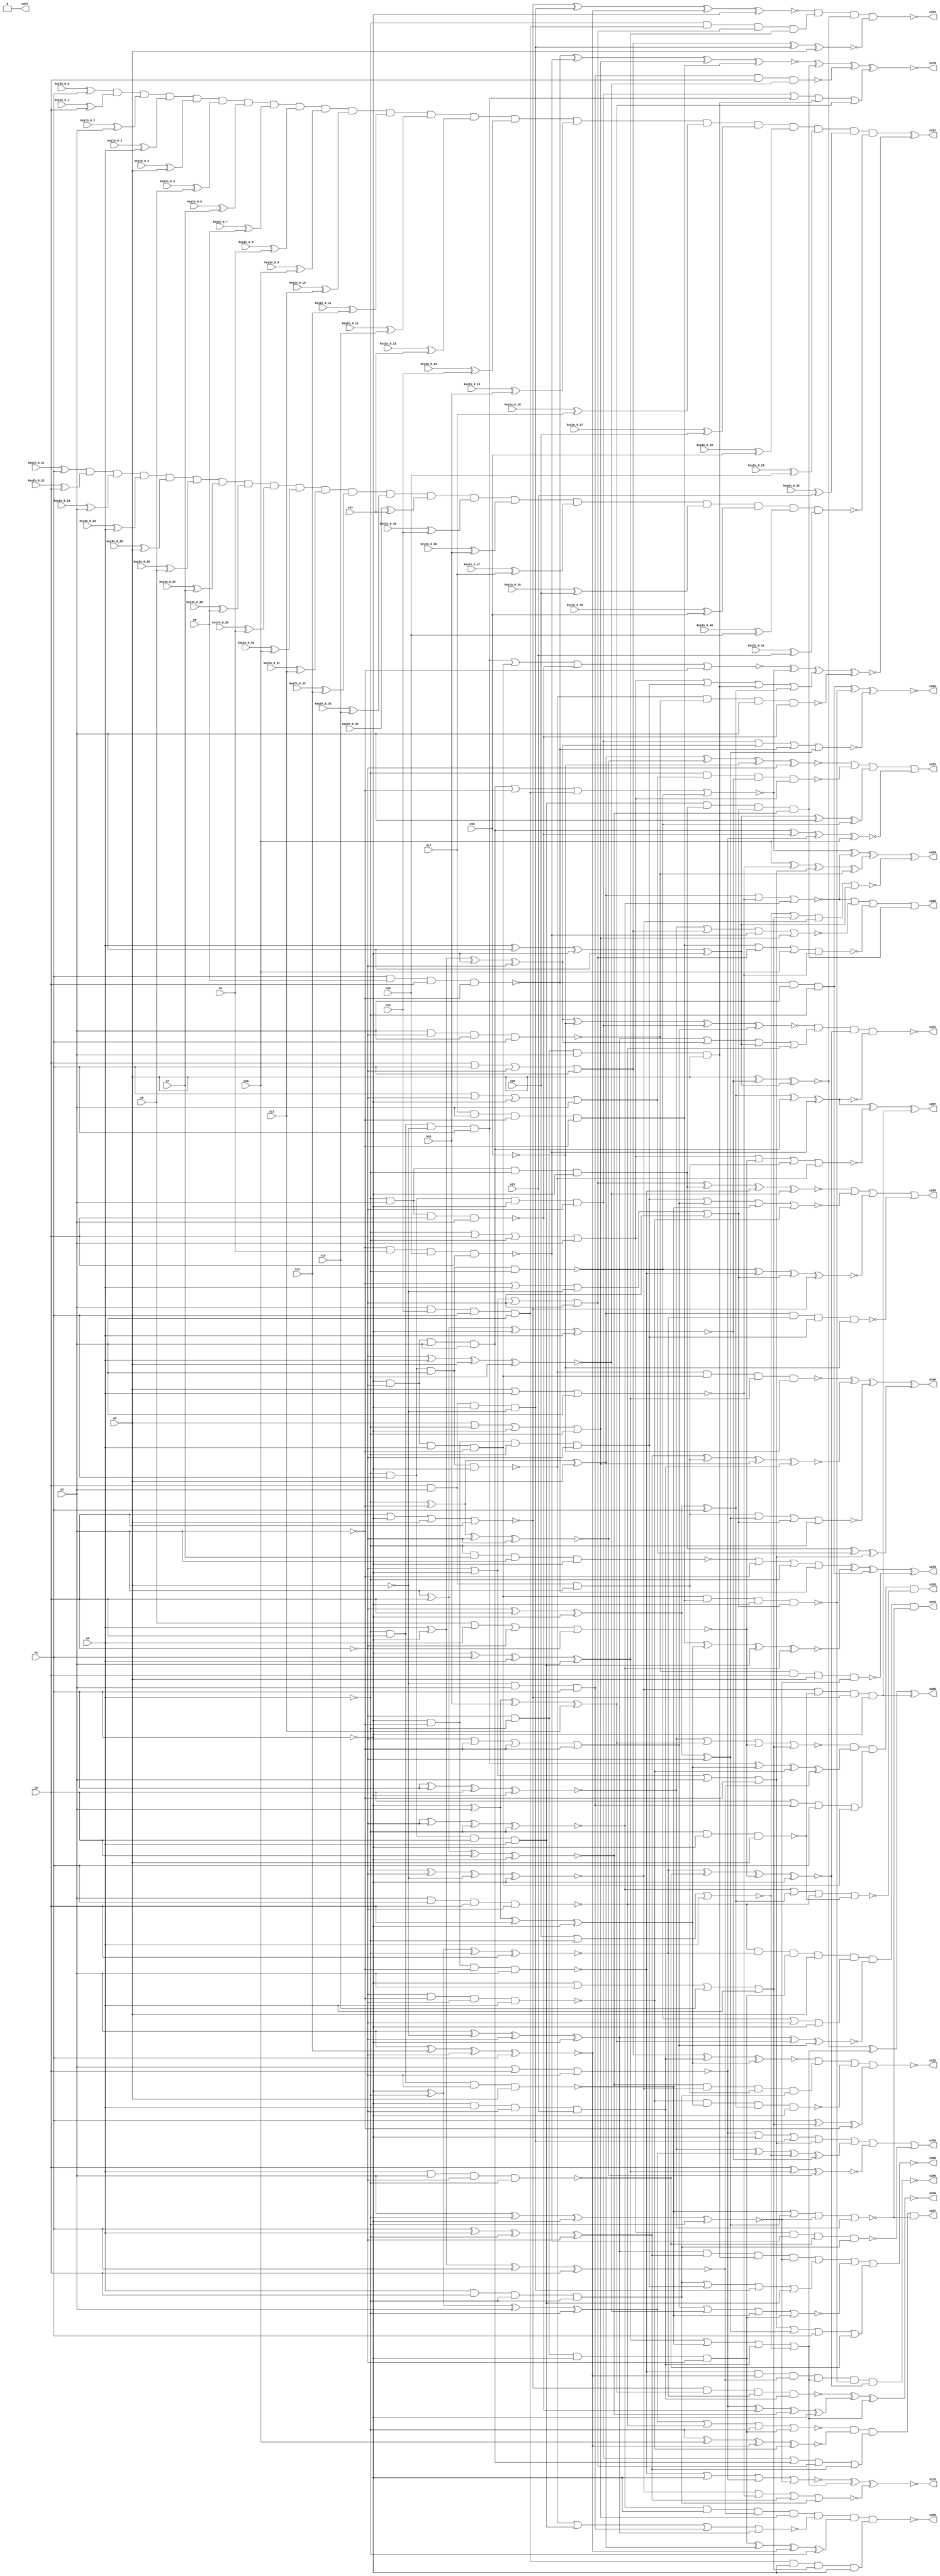


module Stat_277_639
(
  n1,
  n2,
  n3,
  n4,
  n5,
  n6,
  n7,
  n8,
  n9,
  n10,
  n11,
  n12,
  n13,
  n14,
  n15,
  n16,
  n17,
  n18,
  n19,
  n20,
  n21,
  n298,
  n293,
  n286,
  n291,
  n282,
  n294,
  n283,
  n296,
  n278,
  n287,
  n288,
  n279,
  n280,
  n276,
  n295,
  n277,
  n290,
  n281,
  n284,
  n285,
  n275,
  n289,
  n292,
  n297,
  keyIn_0_0,
  keyIn_0_1,
  keyIn_0_2,
  keyIn_0_3,
  keyIn_0_4,
  keyIn_0_5,
  keyIn_0_6,
  keyIn_0_7,
  keyIn_0_8,
  keyIn_0_9,
  keyIn_0_10,
  keyIn_0_11,
  keyIn_0_12,
  keyIn_0_13,
  keyIn_0_14,
  keyIn_0_15,
  keyIn_0_16,
  keyIn_0_17,
  keyIn_0_18,
  keyIn_0_19,
  keyIn_0_20,
  keyIn_0_21,
  keyIn_0_22,
  keyIn_0_23,
  keyIn_0_24,
  keyIn_0_25,
  keyIn_0_26,
  keyIn_0_27,
  keyIn_0_28,
  keyIn_0_29,
  keyIn_0_30,
  keyIn_0_31,
  keyIn_0_32,
  keyIn_0_33,
  keyIn_0_34,
  keyIn_0_35,
  keyIn_0_36,
  keyIn_0_37,
  keyIn_0_38,
  keyIn_0_39,
  keyIn_0_40,
  keyIn_0_41
);

  input n1;input n2;input n3;input n4;input n5;input n6;input n7;input n8;input n9;input n10;input n11;input n12;input n13;input n14;input n15;input n16;input n17;input n18;input n19;input n20;input n21;input keyIn_0_0;input keyIn_0_1;input keyIn_0_2;input keyIn_0_3;input keyIn_0_4;input keyIn_0_5;input keyIn_0_6;input keyIn_0_7;input keyIn_0_8;input keyIn_0_9;input keyIn_0_10;input keyIn_0_11;input keyIn_0_12;input keyIn_0_13;input keyIn_0_14;input keyIn_0_15;input keyIn_0_16;input keyIn_0_17;input keyIn_0_18;input keyIn_0_19;input keyIn_0_20;input keyIn_0_21;input keyIn_0_22;input keyIn_0_23;input keyIn_0_24;input keyIn_0_25;input keyIn_0_26;input keyIn_0_27;input keyIn_0_28;input keyIn_0_29;input keyIn_0_30;input keyIn_0_31;input keyIn_0_32;input keyIn_0_33;input keyIn_0_34;input keyIn_0_35;input keyIn_0_36;input keyIn_0_37;input keyIn_0_38;input keyIn_0_39;input keyIn_0_40;input keyIn_0_41;
  output n298;output n293;output n286;output n291;output n282;output n294;output n283;output n296;output n278;output n287;output n288;output n279;output n280;output n276;output n295;output n277;output n290;output n281;output n284;output n285;output n275;output n289;output n292;output n297;
  wire n22;wire n23;wire n24;wire n25;wire n26;wire n27;wire n28;wire n29;wire n30;wire n31;wire n32;wire n33;wire n34;wire n35;wire n36;wire n37;wire n38;wire n39;wire n40;wire n41;wire n42;wire n43;wire n44;wire n45;wire n46;wire n47;wire n48;wire n49;wire n50;wire n51;wire n52;wire n53;wire n54;wire n55;wire n56;wire n57;wire n58;wire n59;wire n60;wire n61;wire n62;wire n63;wire n64;wire n65;wire n66;wire n67;wire n68;wire n69;wire n70;wire n71;wire n72;wire n73;wire n74;wire n75;wire n76;wire n77;wire n78;wire n79;wire n80;wire n81;wire n82;wire n83;wire n84;wire n85;wire n86;wire n87;wire n88;wire n89;wire n90;wire n91;wire n92;wire n93;wire n94;wire n95;wire n96;wire n97;wire n98;wire n99;wire n100;wire n101;wire n102;wire n103;wire n104;wire n105;wire n106;wire n107;wire n108;wire n109;wire n110;wire n111;wire n112;wire n113;wire n114;wire n115;wire n116;wire n117;wire n118;wire n119;wire n120;wire n121;wire n122;wire n123;wire n124;wire n125;wire n126;wire n127;wire n128;wire n129;wire n130;wire n131;wire n132;wire n133;wire n134;wire n135;wire n136;wire n137;wire n138;wire n139;wire n140;wire n141;wire n142;wire n143;wire n144;wire n145;wire n146;wire n147;wire n148;wire n149;wire n150;wire n151;wire n152;wire n153;wire n154;wire n155;wire n156;wire n157;wire n158;wire n159;wire n160;wire n161;wire n162;wire n163;wire n164;wire n165;wire n166;wire n167;wire n168;wire n169;wire n170;wire n171;wire n172;wire n173;wire n174;wire n175;wire n176;wire n177;wire n178;wire n179;wire n180;wire n181;wire n182;wire n183;wire n184;wire n185;wire n186;wire n187;wire n188;wire n189;wire n190;wire n191;wire n192;wire n193;wire n194;wire n195;wire n196;wire n197;wire n198;wire n199;wire n200;wire n201;wire n202;wire n203;wire n204;wire n205;wire n206;wire n207;wire n208;wire n209;wire n210;wire n211;wire n212;wire n213;wire n214;wire n215;wire n216;wire n217;wire n218;wire n219;wire n220;wire n221;wire n222;wire n223;wire n224;wire n225;wire n226;wire n227;wire n228;wire n229;wire n230;wire n231;wire n232;wire n233;wire n234;wire n235;wire n236;wire n237;wire n238;wire n239;wire n240;wire n241;wire n242;wire n243;wire n244;wire n245;wire n246;wire n247;wire n248;wire n249;wire n250;wire n251;wire n252;wire n253;wire n254;wire n255;wire n256;wire n257;wire n258;wire n259;wire n260;wire n261;wire n262;wire n263;wire n264;wire n265;wire n266;wire n267;wire n268;wire n269;wire n270;wire n271;wire n272;wire n273;wire n274;wire g_input_0_0;wire gbar_input_0_0;wire g_input_0_1;wire gbar_input_0_1;wire g_input_0_2;wire gbar_input_0_2;wire g_input_0_3;wire gbar_input_0_3;wire g_input_0_4;wire gbar_input_0_4;wire g_input_0_5;wire gbar_input_0_5;wire g_input_0_6;wire gbar_input_0_6;wire g_input_0_7;wire gbar_input_0_7;wire g_input_0_8;wire gbar_input_0_8;wire g_input_0_9;wire gbar_input_0_9;wire g_input_0_10;wire gbar_input_0_10;wire g_input_0_11;wire gbar_input_0_11;wire g_input_0_12;wire gbar_input_0_12;wire g_input_0_13;wire gbar_input_0_13;wire g_input_0_14;wire gbar_input_0_14;wire g_input_0_15;wire gbar_input_0_15;wire g_input_0_16;wire gbar_input_0_16;wire g_input_0_17;wire gbar_input_0_17;wire g_input_0_18;wire gbar_input_0_18;wire g_input_0_19;wire gbar_input_0_19;wire g_input_0_20;wire gbar_input_0_20;wire f_g_wire;wire f_gbar_wire;wire AntiSAT_output;

  buf
  g0
  (
    n22,
    n5
  );


  buf
  g1
  (
    n24,
    n2
  );


  not
  g2
  (
    n25,
    n1
  );


  not
  g3
  (
    n26,
    n4
  );


  not
  g4
  (
    n23,
    n3
  );


  not
  g5
  (
    n38,
    n25
  );


  not
  g6
  (
    n39,
    n24
  );


  not
  g7
  (
    n43,
    n23
  );


  not
  g8
  (
    n37,
    n25
  );


  buf
  g9
  (
    n32,
    n23
  );


  buf
  g10
  (
    n36,
    n26
  );


  not
  g11
  (
    n33,
    n26
  );


  buf
  g12
  (
    n30,
    n24
  );


  buf
  g13
  (
    n34,
    n23
  );


  buf
  g14
  (
    n42,
    n26
  );


  not
  g15
  (
    n29,
    n26
  );


  buf
  g16
  (
    n35,
    n24
  );


  not
  g17
  (
    n40,
    n25
  );


  not
  g18
  (
    n28,
    n24
  );


  not
  g19
  (
    n31,
    n23
  );


  buf
  g20
  (
    n27,
    n25
  );


  buf
  g21
  (
    n41,
    n22
  );


  not
  g22
  (
    n62,
    n30
  );


  not
  g23
  (
    n86,
    n32
  );


  buf
  g24
  (
    n57,
    n39
  );


  not
  g25
  (
    n88,
    n31
  );


  buf
  g26
  (
    n69,
    n43
  );


  buf
  g27
  (
    n102,
    n28
  );


  buf
  g28
  (
    n50,
    n36
  );


  buf
  g29
  (
    n96,
    n41
  );


  buf
  g30
  (
    n58,
    n33
  );


  not
  g31
  (
    n56,
    n42
  );


  buf
  g32
  (
    n71,
    n39
  );


  not
  g33
  (
    n98,
    n33
  );


  not
  g34
  (
    n45,
    n29
  );


  buf
  g35
  (
    n59,
    n42
  );


  buf
  g36
  (
    n55,
    n28
  );


  not
  g37
  (
    n68,
    n30
  );


  buf
  g38
  (
    n66,
    n30
  );


  buf
  g39
  (
    n78,
    n37
  );


  not
  g40
  (
    n60,
    n43
  );


  buf
  g41
  (
    n99,
    n43
  );


  not
  g42
  (
    n95,
    n37
  );


  not
  g43
  (
    n87,
    n33
  );


  not
  g44
  (
    n63,
    n27
  );


  buf
  g45
  (
    n67,
    n38
  );


  buf
  g46
  (
    n80,
    n39
  );


  buf
  g47
  (
    n101,
    n31
  );


  not
  g48
  (
    n74,
    n29
  );


  buf
  g49
  (
    n54,
    n33
  );


  buf
  g50
  (
    n49,
    n38
  );


  not
  g51
  (
    n64,
    n40
  );


  not
  g52
  (
    n79,
    n32
  );


  not
  g53
  (
    n44,
    n41
  );


  not
  g54
  (
    n103,
    n35
  );


  not
  g55
  (
    n92,
    n37
  );


  not
  g56
  (
    n46,
    n38
  );


  buf
  g57
  (
    n84,
    n37
  );


  not
  g58
  (
    n82,
    n29
  );


  buf
  g59
  (
    n97,
    n28
  );


  not
  g60
  (
    n94,
    n34
  );


  buf
  g61
  (
    n109,
    n41
  );


  not
  g62
  (
    n53,
    n32
  );


  buf
  g63
  (
    n51,
    n42
  );


  buf
  g64
  (
    n85,
    n40
  );


  not
  g65
  (
    n81,
    n34
  );


  not
  g66
  (
    n72,
    n38
  );


  not
  g67
  (
    n110,
    n39
  );


  buf
  g68
  (
    n111,
    n34
  );


  buf
  g69
  (
    n108,
    n27
  );


  not
  g70
  (
    n104,
    n31
  );


  not
  g71
  (
    n107,
    n28
  );


  not
  g72
  (
    n100,
    n34
  );


  buf
  g73
  (
    n89,
    n27
  );


  not
  g74
  (
    n77,
    n40
  );


  buf
  g75
  (
    n47,
    n35
  );


  buf
  g76
  (
    n93,
    n30
  );


  buf
  g77
  (
    n75,
    n29
  );


  not
  g78
  (
    n83,
    n43
  );


  buf
  g79
  (
    n52,
    n27
  );


  buf
  g80
  (
    n73,
    n36
  );


  not
  g81
  (
    n76,
    n41
  );


  buf
  g82
  (
    n61,
    n35
  );


  not
  g83
  (
    n65,
    n35
  );


  not
  g84
  (
    n70,
    n40
  );


  not
  g85
  (
    n48,
    n42
  );


  buf
  g86
  (
    n106,
    n31
  );


  buf
  g87
  (
    n90,
    n36
  );


  not
  g88
  (
    n105,
    n32
  );


  buf
  g89
  (
    n91,
    n36
  );


  not
  g90
  (
    n181,
    n95
  );


  buf
  g91
  (
    n189,
    n60
  );


  buf
  g92
  (
    n180,
    n68
  );


  not
  g93
  (
    n163,
    n76
  );


  not
  g94
  (
    n178,
    n84
  );


  not
  g95
  (
    n123,
    n65
  );


  not
  g96
  (
    n187,
    n84
  );


  buf
  g97
  (
    n193,
    n73
  );


  buf
  g98
  (
    n179,
    n100
  );


  buf
  g99
  (
    n125,
    n74
  );


  not
  g100
  (
    n143,
    n19
  );


  buf
  g101
  (
    n120,
    n10
  );


  not
  g102
  (
    n167,
    n67
  );


  nor
  g103
  (
    n130,
    n18,
    n51,
    n48
  );


  and
  g104
  (
    n171,
    n82,
    n81,
    n51,
    n52
  );


  nand
  g105
  (
    n185,
    n67,
    n73,
    n106,
    n89
  );


  and
  g106
  (
    n138,
    n17,
    n99,
    n60,
    n104
  );


  nand
  g107
  (
    n151,
    n87,
    n110,
    n55,
    n109
  );


  and
  g108
  (
    n141,
    n56,
    n61,
    n82,
    n90
  );


  nand
  g109
  (
    n118,
    n101,
    n51,
    n61,
    n106
  );


  nor
  g110
  (
    n152,
    n109,
    n75,
    n100
  );


  xor
  g111
  (
    n160,
    n74,
    n111,
    n96
  );


  xor
  g112
  (
    n135,
    n49,
    n56,
    n91,
    n97
  );


  or
  g113
  (
    n186,
    n93,
    n84,
    n65,
    n85
  );


  xor
  g114
  (
    n168,
    n46,
    n63,
    n75,
    n99
  );


  and
  g115
  (
    n117,
    n102,
    n59,
    n64,
    n65
  );


  or
  g116
  (
    n121,
    n83,
    n54,
    n76,
    n71
  );


  and
  g117
  (
    n166,
    n106,
    n81,
    n104,
    n108
  );


  xor
  g118
  (
    n124,
    n108,
    n53,
    n16,
    n11
  );


  and
  g119
  (
    n164,
    n77,
    n54,
    n68,
    n21
  );


  xnor
  g120
  (
    n173,
    n45,
    n57,
    n44,
    n95
  );


  and
  g121
  (
    n176,
    n82,
    n47,
    n44,
    n85
  );


  nor
  g122
  (
    n153,
    n53,
    n69,
    n107,
    n68
  );


  xor
  g123
  (
    n139,
    n58,
    n108,
    n52,
    n103
  );


  and
  g124
  (
    n137,
    n51,
    n67,
    n110,
    n54
  );


  and
  g125
  (
    n147,
    n80,
    n59,
    n53,
    n96
  );


  xor
  g126
  (
    n128,
    n103,
    n93,
    n72,
    n84
  );


  nand
  g127
  (
    n155,
    n94,
    n55,
    n79,
    n49
  );


  and
  g128
  (
    n184,
    n95,
    n57,
    n99,
    n105
  );


  or
  g129
  (
    n142,
    n57,
    n89,
    n101,
    n88
  );


  xnor
  g130
  (
    n149,
    n94,
    n87,
    n95,
    n91
  );


  xnor
  g131
  (
    n182,
    n69,
    n66,
    n93,
    n92
  );


  or
  g132
  (
    n136,
    n64,
    n100,
    n13,
    n54
  );


  nand
  g133
  (
    n114,
    n71,
    n111,
    n62,
    n58
  );


  xnor
  g134
  (
    n133,
    n97,
    n48,
    n109,
    n90
  );


  and
  g135
  (
    n165,
    n64,
    n111,
    n50,
    n62
  );


  xnor
  g136
  (
    n190,
    n46,
    n75,
    n63,
    n66
  );


  nand
  g137
  (
    n144,
    n91,
    n49,
    n69,
    n87
  );


  xnor
  g138
  (
    n156,
    n62,
    n80,
    n73,
    n74
  );


  nand
  g139
  (
    n112,
    n98,
    n7,
    n105,
    n89
  );


  or
  g140
  (
    n159,
    n109,
    n50,
    n70,
    n90
  );


  and
  g141
  (
    n140,
    n102,
    n92,
    n48,
    n104
  );


  xor
  g142
  (
    n175,
    n61,
    n68,
    n70,
    n97
  );


  nand
  g143
  (
    n132,
    n50,
    n98,
    n77,
    n96
  );


  or
  g144
  (
    n177,
    n98,
    n107,
    n87,
    n81
  );


  nand
  g145
  (
    n131,
    n58,
    n79,
    n103,
    n45
  );


  nand
  g146
  (
    n174,
    n63,
    n8,
    n110,
    n60
  );


  xnor
  g147
  (
    n169,
    n88,
    n45,
    n102,
    n97
  );


  or
  g148
  (
    n119,
    n103,
    n104,
    n83,
    n88
  );


  or
  g149
  (
    n146,
    n46,
    n49,
    n71,
    n59
  );


  xnor
  g150
  (
    n154,
    n101,
    n12,
    n71,
    n85
  );


  nand
  g151
  (
    n129,
    n89,
    n60,
    n83,
    n86
  );


  xnor
  g152
  (
    n116,
    n52,
    n45,
    n98,
    n66
  );


  xor
  g153
  (
    n192,
    n99,
    n44,
    n80,
    n77
  );


  xor
  g154
  (
    n157,
    n70,
    n79,
    n107,
    n72
  );


  nor
  g155
  (
    n191,
    n61,
    n108,
    n96,
    n107
  );


  xor
  g156
  (
    n134,
    n56,
    n86,
    n64,
    n79
  );


  xnor
  g157
  (
    n158,
    n110,
    n105,
    n70,
    n48
  );


  nor
  g158
  (
    n150,
    n6,
    n58,
    n102,
    n59
  );


  or
  g159
  (
    n127,
    n77,
    n57,
    n55,
    n80
  );


  nor
  g160
  (
    n148,
    n74,
    n56,
    n72,
    n50
  );


  or
  g161
  (
    n172,
    n85,
    n55,
    n72,
    n106
  );


  xnor
  g162
  (
    n126,
    n78,
    n67,
    n47,
    n92
  );


  and
  g163
  (
    n161,
    n78,
    n91,
    n92,
    n65
  );


  xor
  g164
  (
    n113,
    n52,
    n82,
    n101,
    n90
  );


  and
  g165
  (
    n183,
    n66,
    n86,
    n46,
    n76
  );


  nand
  g166
  (
    n188,
    n83,
    n9,
    n20,
    n47
  );


  and
  g167
  (
    n145,
    n76,
    n44,
    n53,
    n78
  );


  nand
  g168
  (
    n115,
    n94,
    n78,
    n93,
    n62
  );


  and
  g169
  (
    n162,
    n100,
    n105,
    n47,
    n94
  );


  and
  g170
  (
    n170,
    n69,
    n15,
    n63,
    n81
  );


  and
  g171
  (
    n122,
    n88,
    n86,
    n73,
    n14
  );


  xor
  g172
  (
    n217,
    n134,
    n179,
    n148,
    n144
  );


  nor
  g173
  (
    n212,
    n126,
    n124,
    n150,
    n136
  );


  or
  g174
  (
    n218,
    n180,
    n112,
    n146,
    n182
  );


  nand
  g175
  (
    n258,
    n145,
    n123,
    n133
  );


  and
  g176
  (
    n215,
    n129,
    n154,
    n190,
    n146
  );


  nand
  g177
  (
    n210,
    n114,
    n157,
    n128,
    n178
  );


  and
  g178
  (
    n252,
    n182,
    n173,
    n162,
    n141
  );


  xnor
  g179
  (
    n268,
    n163,
    n166,
    n158,
    n134
  );


  nand
  g180
  (
    n220,
    n193,
    n172,
    n158,
    n177
  );


  xnor
  g181
  (
    n255,
    n174,
    n188,
    n159,
    n138
  );


  xnor
  g182
  (
    n260,
    n123,
    n168,
    n169
  );


  or
  g183
  (
    n274,
    n168,
    n151,
    n164,
    n130
  );


  and
  g184
  (
    n197,
    n156,
    n178,
    n190,
    n159
  );


  nor
  g185
  (
    n233,
    n173,
    n152,
    n135,
    n141
  );


  xor
  g186
  (
    n254,
    n126,
    n113,
    n130,
    n158
  );


  or
  g187
  (
    n236,
    n141,
    n165,
    n183,
    n137
  );


  xnor
  g188
  (
    n227,
    n192,
    n124,
    n166,
    n119
  );


  xor
  g189
  (
    n219,
    n120,
    n152,
    n142,
    n155
  );


  and
  g190
  (
    n223,
    n170,
    n167,
    n136,
    n187
  );


  xnor
  g191
  (
    n239,
    n184,
    n118,
    n153,
    n120
  );


  nand
  g192
  (
    n246,
    n177,
    n188,
    n131,
    n141
  );


  xor
  g193
  (
    n238,
    n176,
    n157,
    n114,
    n190
  );


  nor
  g194
  (
    n213,
    n138,
    n127,
    n120,
    n152
  );


  nor
  g195
  (
    n241,
    n176,
    n140,
    n118,
    n189
  );


  nand
  g196
  (
    n253,
    n185,
    n155,
    n179,
    n118
  );


  nand
  g197
  (
    n235,
    n155,
    n123,
    n163,
    n149
  );


  and
  g198
  (
    n257,
    n191,
    n124,
    n116,
    n164
  );


  and
  g199
  (
    n270,
    n174,
    n179,
    n125
  );


  nor
  g200
  (
    n198,
    n161,
    n139,
    n174,
    n175
  );


  or
  g201
  (
    n202,
    n192,
    n139,
    n134,
    n115
  );


  or
  g202
  (
    n250,
    n177,
    n165,
    n147,
    n128
  );


  xnor
  g203
  (
    n249,
    n186,
    n164,
    n122,
    n157
  );


  nand
  g204
  (
    n229,
    n132,
    n186,
    n176,
    n169
  );


  nor
  g205
  (
    n200,
    n177,
    n150,
    n162,
    n185
  );


  nor
  g206
  (
    n206,
    n130,
    n136,
    n173,
    n134
  );


  xnor
  g207
  (
    n269,
    n116,
    n131,
    n150,
    n187
  );


  xnor
  g208
  (
    n194,
    n186,
    n183,
    n163,
    n148
  );


  nand
  g209
  (
    n266,
    n140,
    n138,
    n178,
    n121
  );


  nand
  g210
  (
    n195,
    n185,
    n140,
    n168,
    n143
  );


  and
  g211
  (
    n271,
    n173,
    n132,
    n191,
    n167
  );


  xnor
  g212
  (
    n240,
    n135,
    n162,
    n159,
    n164
  );


  and
  g213
  (
    n272,
    n147,
    n122,
    n145,
    n139
  );


  xnor
  g214
  (
    n261,
    n138,
    n157,
    n137,
    n156
  );


  nor
  g215
  (
    n273,
    n151,
    n175,
    n149,
    n126
  );


  and
  g216
  (
    n263,
    n137,
    n171,
    n121,
    n182
  );


  xnor
  g217
  (
    n211,
    n158,
    n130,
    n190,
    n170
  );


  nor
  g218
  (
    n199,
    n113,
    n115,
    n125,
    n117
  );


  or
  g219
  (
    n196,
    n142,
    n175,
    n181,
    n131
  );


  nor
  g220
  (
    n248,
    n156,
    n128,
    n115,
    n132
  );


  xor
  g221
  (
    n247,
    n153,
    n118,
    n182,
    n167
  );


  and
  g222
  (
    n244,
    n115,
    n116,
    n117,
    n163
  );


  or
  g223
  (
    n208,
    n144,
    n180,
    n187,
    n148
  );


  or
  g224
  (
    n231,
    n161,
    n184,
    n127,
    n135
  );


  and
  g225
  (
    n203,
    n125,
    n170,
    n127,
    n168
  );


  xor
  g226
  (
    n265,
    n122,
    n181,
    n136,
    n189
  );


  or
  g227
  (
    n242,
    n161,
    n176,
    n147,
    n124
  );


  xnor
  g228
  (
    n221,
    n191,
    n183,
    n154,
    n178
  );


  nor
  g229
  (
    n256,
    n119,
    n133,
    n151,
    n117
  );


  xor
  g230
  (
    n205,
    n171,
    n172,
    n142
  );


  nor
  g231
  (
    n262,
    n160,
    n148,
    n152,
    n156
  );


  xnor
  g232
  (
    n204,
    n160,
    n169,
    n143,
    n180
  );


  or
  g233
  (
    n226,
    n112,
    n189,
    n193,
    n174
  );


  or
  g234
  (
    n224,
    n123,
    n145,
    n181,
    n140
  );


  nand
  g235
  (
    n214,
    n160,
    n116,
    n165,
    n143
  );


  or
  g236
  (
    n232,
    n131,
    n150,
    n146,
    n132
  );


  nor
  g237
  (
    n234,
    n129,
    n167,
    n153,
    n149
  );


  nor
  g238
  (
    n245,
    n185,
    n137,
    n145,
    n192
  );


  xnor
  g239
  (
    n267,
    n122,
    n128,
    n184,
    n188
  );


  nor
  g240
  (
    n230,
    n126,
    n186,
    n188,
    n159
  );


  and
  g241
  (
    n222,
    n192,
    n135,
    n147,
    n149
  );


  xnor
  g242
  (
    n209,
    n144,
    n129,
    n121,
    n191
  );


  xnor
  g243
  (
    n251,
    n139,
    n143,
    n161,
    n119
  );


  or
  g244
  (
    n259,
    n153,
    n187,
    n183,
    n142
  );


  nor
  g245
  (
    n264,
    n184,
    n189,
    n170,
    n144
  );


  nor
  g246
  (
    n228,
    n165,
    n119,
    n151,
    n114
  );


  or
  g247
  (
    n237,
    n180,
    n146,
    n155,
    n166
  );


  nor
  g248
  (
    n225,
    n162,
    n175,
    n121,
    n193
  );


  xnor
  g249
  (
    n207,
    n127,
    n171,
    n129,
    n133
  );


  xnor
  g250
  (
    n243,
    n193,
    n120,
    n154,
    n114
  );


  and
  g251
  (
    n201,
    n181,
    n172,
    n171,
    n166
  );


  xor
  g252
  (
    n216,
    n117,
    n160,
    n154,
    n125
  );


  nand
  g253
  (
    n289,
    n197,
    n245,
    n216,
    n223
  );


  and
  g254
  (
    n276,
    n244,
    n208,
    n227,
    n273
  );


  nand
  g255
  (
    n293,
    n221,
    n203,
    n268,
    n194
  );


  or
  g256
  (
    n298,
    n259,
    n254,
    n260,
    n246
  );


  xor
  g257
  (
    n278,
    n226,
    n261,
    n270,
    n235
  );


  xnor
  g258
  (
    n294,
    n272,
    n270,
    n266,
    n198
  );


  or
  g259
  (
    n282,
    n204,
    n220,
    n217,
    n239
  );


  nor
  g260
  (
    n295,
    n222,
    n236,
    n256,
    n196
  );


  xnor
  g261
  (
    n290,
    n257,
    n232,
    n247,
    n274
  );


  nand
  g262
  (
    n286,
    n215,
    n274,
    n266,
    n269
  );


  xnor
  g263
  (
    n275,
    n234,
    n201,
    n274,
    n233
  );


  xnor
  g264
  (
    AntiSAT_key_wire,
    n241,
    n264,
    n250,
    n253
  );


  and
  g265
  (
    n285,
    n212,
    n238,
    n224,
    n248
  );


  nor
  g266
  (
    n292,
    n249,
    n252,
    n210,
    n265
  );


  xor
  g267
  (
    n296,
    n195,
    n240,
    n225,
    n205
  );


  xor
  g268
  (
    n284,
    n264,
    n262,
    n219,
    n206
  );


  xor
  g269
  (
    n287,
    n267,
    n237,
    n200,
    n271
  );


  or
  g270
  (
    n288,
    n262,
    n230,
    n213,
    n263
  );


  nor
  g271
  (
    n277,
    n229,
    n218,
    n265,
    n211
  );


  xor
  g272
  (
    n280,
    n272,
    n268,
    n274,
    n271
  );


  nand
  g273
  (
    n281,
    n251,
    n202,
    n269,
    n267
  );


  or
  g274
  (
    n283,
    n207,
    n228,
    n209,
    n214
  );


  xnor
  g275
  (
    n279,
    n255,
    n263,
    n258,
    n242
  );


  and
  g276
  (
    n297,
    n199,
    n243,
    n231,
    n273
  );


  xor
  KeyPIGate_0_0
  (
    g_input_0_0,
    keyIn_0_0,
    n1
  );


  xor
  KeyPIGate_0_21
  (
    gbar_input_0_0,
    keyIn_0_21,
    n1
  );


  xor
  KeyPIGate_0_1
  (
    g_input_0_1,
    keyIn_0_1,
    n2
  );


  xor
  KeyPIGate_0_22
  (
    gbar_input_0_1,
    keyIn_0_22,
    n2
  );


  xor
  KeyPIGate_0_2
  (
    g_input_0_2,
    keyIn_0_2,
    n3
  );


  xor
  KeyPIGate_0_23
  (
    gbar_input_0_2,
    keyIn_0_23,
    n3
  );


  xor
  KeyPIGate_0_3
  (
    g_input_0_3,
    keyIn_0_3,
    n4
  );


  xor
  KeyPIGate_0_24
  (
    gbar_input_0_3,
    keyIn_0_24,
    n4
  );


  xor
  KeyPIGate_0_4
  (
    g_input_0_4,
    keyIn_0_4,
    n5
  );


  xor
  KeyPIGate_0_25
  (
    gbar_input_0_4,
    keyIn_0_25,
    n5
  );


  xor
  KeyPIGate_0_5
  (
    g_input_0_5,
    keyIn_0_5,
    n6
  );


  xor
  KeyPIGate_0_26
  (
    gbar_input_0_5,
    keyIn_0_26,
    n6
  );


  xor
  KeyPIGate_0_6
  (
    g_input_0_6,
    keyIn_0_6,
    n7
  );


  xor
  KeyPIGate_0_27
  (
    gbar_input_0_6,
    keyIn_0_27,
    n7
  );


  xor
  KeyPIGate_0_7
  (
    g_input_0_7,
    keyIn_0_7,
    n8
  );


  xor
  KeyPIGate_0_28
  (
    gbar_input_0_7,
    keyIn_0_28,
    n8
  );


  xor
  KeyPIGate_0_8
  (
    g_input_0_8,
    keyIn_0_8,
    n9
  );


  xor
  KeyPIGate_0_29
  (
    gbar_input_0_8,
    keyIn_0_29,
    n9
  );


  xor
  KeyPIGate_0_9
  (
    g_input_0_9,
    keyIn_0_9,
    n10
  );


  xor
  KeyPIGate_0_30
  (
    gbar_input_0_9,
    keyIn_0_30,
    n10
  );


  xor
  KeyPIGate_0_10
  (
    g_input_0_10,
    keyIn_0_10,
    n11
  );


  xor
  KeyPIGate_0_31
  (
    gbar_input_0_10,
    keyIn_0_31,
    n11
  );


  xor
  KeyPIGate_0_11
  (
    g_input_0_11,
    keyIn_0_11,
    n12
  );


  xor
  KeyPIGate_0_32
  (
    gbar_input_0_11,
    keyIn_0_32,
    n12
  );


  xor
  KeyPIGate_0_12
  (
    g_input_0_12,
    keyIn_0_12,
    n13
  );


  xor
  KeyPIGate_0_33
  (
    gbar_input_0_12,
    keyIn_0_33,
    n13
  );


  xor
  KeyPIGate_0_13
  (
    g_input_0_13,
    keyIn_0_13,
    n14
  );


  xor
  KeyPIGate_0_34
  (
    gbar_input_0_13,
    keyIn_0_34,
    n14
  );


  xor
  KeyPIGate_0_14
  (
    g_input_0_14,
    keyIn_0_14,
    n15
  );


  xor
  KeyPIGate_0_35
  (
    gbar_input_0_14,
    keyIn_0_35,
    n15
  );


  xor
  KeyPIGate_0_15
  (
    g_input_0_15,
    keyIn_0_15,
    n16
  );


  xor
  KeyPIGate_0_36
  (
    gbar_input_0_15,
    keyIn_0_36,
    n16
  );


  xor
  KeyPIGate_0_16
  (
    g_input_0_16,
    keyIn_0_16,
    n17
  );


  xor
  KeyPIGate_0_37
  (
    gbar_input_0_16,
    keyIn_0_37,
    n17
  );


  xor
  KeyPIGate_0_17
  (
    g_input_0_17,
    keyIn_0_17,
    n18
  );


  xor
  KeyPIGate_0_38
  (
    gbar_input_0_17,
    keyIn_0_38,
    n18
  );


  xor
  KeyPIGate_0_18
  (
    g_input_0_18,
    keyIn_0_18,
    n19
  );


  xor
  KeyPIGate_0_39
  (
    gbar_input_0_18,
    keyIn_0_39,
    n19
  );


  xor
  KeyPIGate_0_19
  (
    g_input_0_19,
    keyIn_0_19,
    n20
  );


  xor
  KeyPIGate_0_40
  (
    gbar_input_0_19,
    keyIn_0_40,
    n20
  );


  xor
  KeyPIGate_0_20
  (
    g_input_0_20,
    keyIn_0_20,
    n21
  );


  xor
  KeyPIGate_0_41
  (
    gbar_input_0_20,
    keyIn_0_41,
    n21
  );


  and
  f_g
  (
    f_g_wire,
    g_input_0_0,
    g_input_0_1,
    g_input_0_2,
    g_input_0_3,
    g_input_0_4,
    g_input_0_5,
    g_input_0_6,
    g_input_0_7,
    g_input_0_8,
    g_input_0_9,
    g_input_0_10,
    g_input_0_11,
    g_input_0_12,
    g_input_0_13,
    g_input_0_14,
    g_input_0_15,
    g_input_0_16,
    g_input_0_17,
    g_input_0_18,
    g_input_0_19,
    g_input_0_20
  );


  nand
  f_gbar
  (
    f_gbar_wire,
    gbar_input_0_0,
    gbar_input_0_1,
    gbar_input_0_2,
    gbar_input_0_3,
    gbar_input_0_4,
    gbar_input_0_5,
    gbar_input_0_6,
    gbar_input_0_7,
    gbar_input_0_8,
    gbar_input_0_9,
    gbar_input_0_10,
    gbar_input_0_11,
    gbar_input_0_12,
    gbar_input_0_13,
    gbar_input_0_14,
    gbar_input_0_15,
    gbar_input_0_16,
    gbar_input_0_17,
    gbar_input_0_18,
    gbar_input_0_19,
    gbar_input_0_20
  );


  and
  G
  (
    AntiSAT_output,
    f_g_wire,
    f_gbar_wire
  );


  xor
  flip_it
  (
    n291,
    AntiSAT_output,
    AntiSAT_key_wire
  );


endmodule